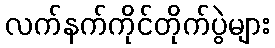
လက်နက်ကိုင်တိုက်ပွဲများ